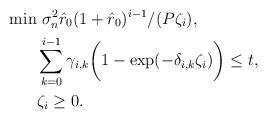
LaTeX: \begin{align*}\min & ~\sigma_n^2\hat{r}_0(1+\hat{r}_0)^{i-1}/(P\zeta_i), \\& \sum_{k=0}^{i-1} \gamma_{i,k}\bigg(1-\exp(-\delta_{i,k}\zeta_i)\bigg)\le t,\\& \zeta_i\ge 0. \end{align*}